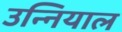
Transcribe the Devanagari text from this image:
उन्नियाल